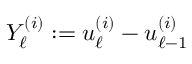
Y _ { \ell } ^ { ( i ) } : = u _ { \ell } ^ { ( i ) } - u _ { \ell - 1 } ^ { ( i ) }